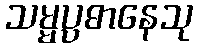
သမ္မပ္ပဓာနေသု